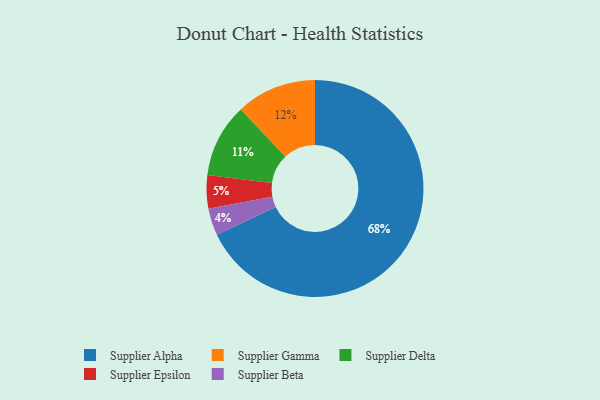
{"axis": {"x": "Category", "y": "Percentage"}, "legend": ["Supplier Alpha", "Supplier Beta", "Supplier Delta", "Supplier Epsilon", "Supplier Gamma"], "data": [{"x": "Supplier Beta", "y": 4, "type": "Supplier Beta"}, {"x": "Supplier Epsilon", "y": 5, "type": "Supplier Epsilon"}, {"x": "Supplier Gamma", "y": 12, "type": "Supplier Gamma"}, {"x": "Supplier Delta", "y": 11, "type": "Supplier Delta"}, {"x": "Supplier Alpha", "y": 68, "type": "Supplier Alpha"}]}